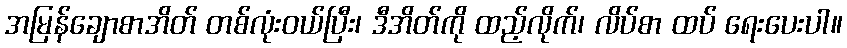
အမြန်ချောစာအိတ် တစ်လုံးဝယ်ပြီး၊ ဒီအိတ်ကို ထည့်လိုက်၊ လိပ်စာ ထပ် ရေးပေးပါ။